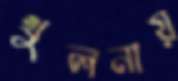
খুলনায়